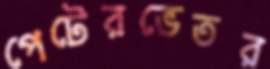
পেটেরভেতর